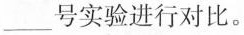
___号实验进行对比。